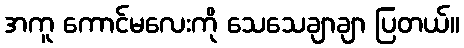
အကူ ကောင်မလေးကို သေသေချာချာ ပြတယ်။